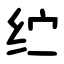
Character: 纻